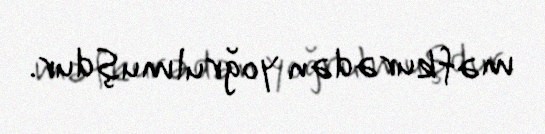
məfkurədən yoğrulmuşdur.